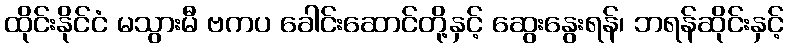
ထိုင်းနိုင်ငံ မသွားမီ ဗကပ ခေါင်းဆောင်တို့နှင့် ဆွေးနွေးရန်၊ ဘရန်ဆိုင်းနှင့်